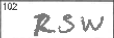
Transcription: RSW